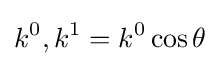
k^{0},k^{1}=k^{0}\cos \theta